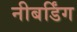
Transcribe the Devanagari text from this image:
नीबर्डिंग